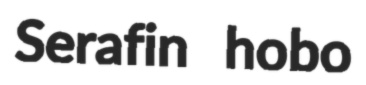
Serafin hobo